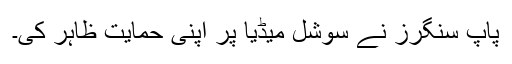
پاپ سنگرز نے سوشل میڈیا پر اپنی حمایت ظاہر کی۔